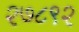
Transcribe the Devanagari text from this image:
२७८९२